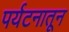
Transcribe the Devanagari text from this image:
पर्यटनातून